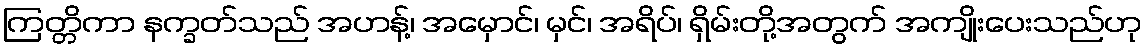
ကြတ္တိကာ နက္ခတ်သည် အဟန့်၊ အမှောင်၊ မှင်၊ အရိပ်၊ ရှိမ်းတို့အတွက် အကျိုးပေးသည်ဟု